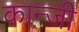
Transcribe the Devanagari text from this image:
कान्जी